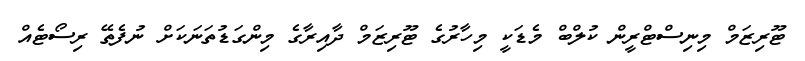
ޓޫރިޒަމް މިނިސްޓްރީން ކުލްބް މެޑަކީ މިހާރުގެ ޓޫރިޒަމް ދާއިރާގެ މިންގަޑުތަނަކަށް ނުފެތޭ ރިސޯޓެއް